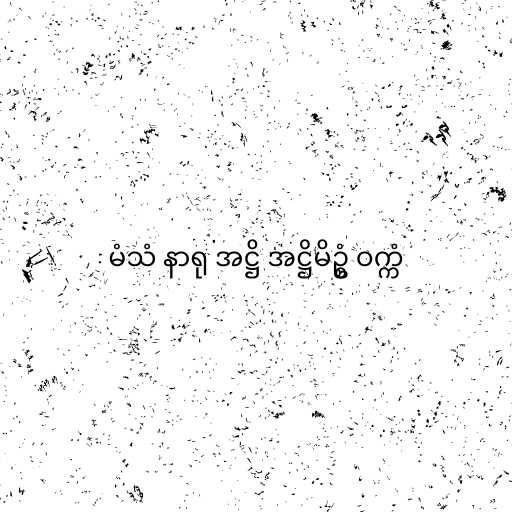
မံသံ နာရု အဋ္ဌိ အဋ္ဌိမိဥ္စံ ဝက္ကံ